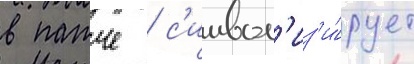
в патче / с'имвол'из'и́рует